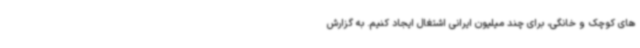
های کوچک و خانگی، برای چند میلیون ایرانی اشتغال ایجاد کنیم. به گزارش